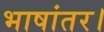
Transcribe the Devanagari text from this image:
भाषांतर।